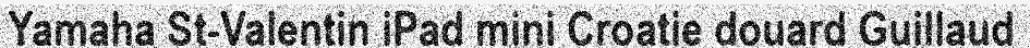
Yamaha St-Valentin iPad mini Croatie douard Guillaud